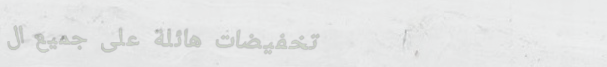
تخفيضات هائلة على جميع ال